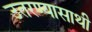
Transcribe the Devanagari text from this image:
उतरण्यासाथी